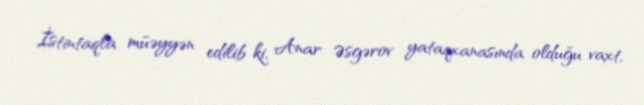
İstintaqla müəyyən edilib ki, Anar Əsgərov yataqxanasında olduğu vaxt,